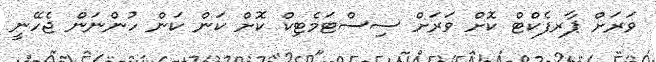
ވަރަށް ޕާރފެކްޓް ކޮށް ވަރަށް ސިސްޓަމެޓިކް ކޮށް ކަން ކަން ހުންނަން ޖެހޭނީ